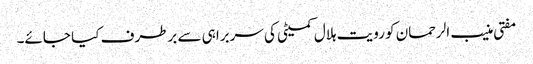
مفتی منیب الرحمان کو رویت ہلال کمیٹی کی سربراہی سے برطرف کیا جائے۔